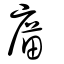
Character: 庿